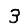
Digit: 3